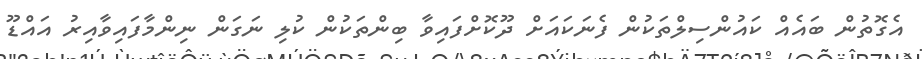
އެގޮތުން ބައެއް ކައުންސިލްތަކުން ފެނަކައަށް ދޫކޮށްފައިވާ ބިންތަކުން ކުލި ނަގަން ނިންމާފައިވާއިރު އައްޑޫ